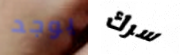
يوجد سرك